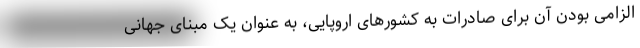
الزامی بودن آن برای صادرات به کشورهای اروپایی، به عنوان یک مبنای جهانی